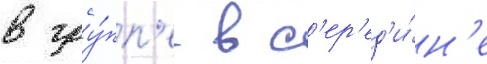
в гру́пп'е в с'ер'ед'и́н'е